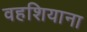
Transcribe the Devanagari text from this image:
वहशियाना